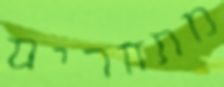
מתחרים